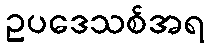
ဥပဒေသစ်အရ